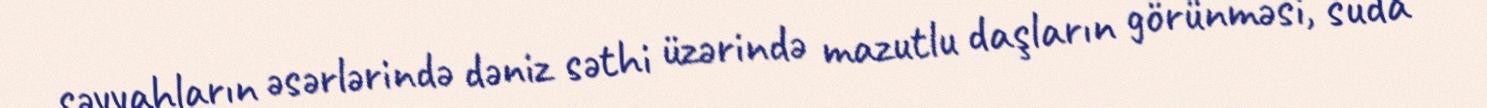
səyyahların əsərlərində dəniz səthi üzərində mazutlu daşların görünməsi, suda